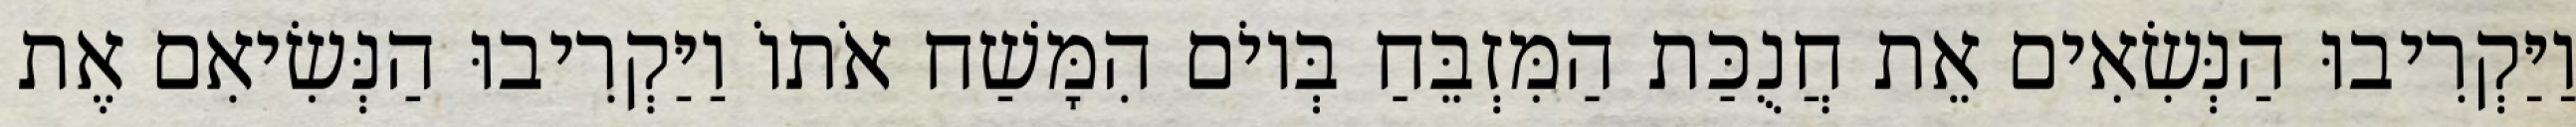
וַיַּקְרִיבוּ הַנְּשִׂאִים אֵת חֲנֻכַּת הַמִּזְבֵּחַ בְּיוֹם הִמָּשַׁח אֹתוֹ וַיַּקְרִיבוּ הַנְּשִׂיאִם אֶת